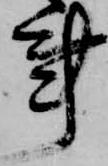
事